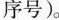
序号)。